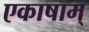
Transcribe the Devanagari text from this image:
एकाषाम्